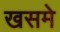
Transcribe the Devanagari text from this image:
खसमे